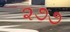
૨૭૭